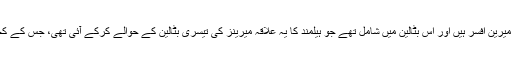
ٹموتھی کوڈھو سابق امریکی میرین افسر ہیں اور اُس بٹالین میں شامل تھے جو ہیلمند کا یہ علاقہ میرینز کی تیسری بٹالین کے حوالے کرکے آئی تھی، جس کے کچھ فوجیوں نے یہ حرکت کی۔